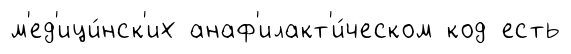
м'ед'ици́нск'их анаф'илакт'и́ческом код есть